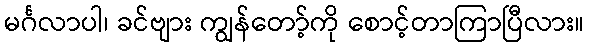
မင်္ဂလာပါ၊ ခင်ဗျား ကျွန်တော့်ကို စောင့်တာကြာပြီလား။